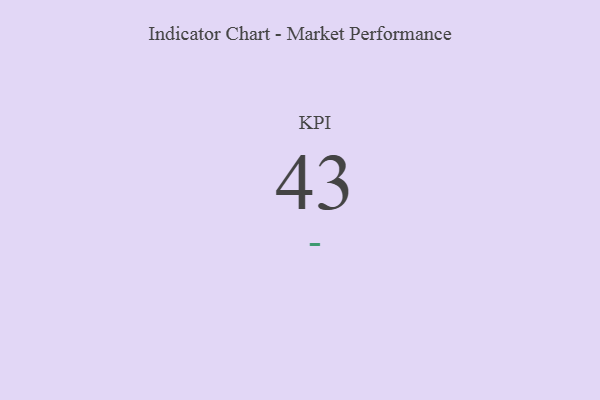
{"axis": {"x": "KPI", "y": "Value"}, "legend": [""], "data": [{"x": "KPI", "y": 43, "type": ""}]}